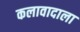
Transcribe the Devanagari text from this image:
कलावादाला